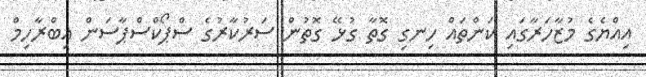
އިއްޔެގެ މުޒާހަރާގައި ކަންތައް ހިނގި ގޮތާ ގުޅޭ ގޮތުން ސަރުކާރުގެ ސްޕޯކްސްޕާސަން އިބްރާހިމް